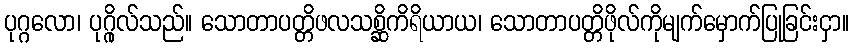
ပုဂ္ဂလော၊ ပုဂ္ဂိုလ်သည်။ သောတာပတ္တိဖလသစ္ဆိကိရိယာယ၊ သောတာပတ္တိဖိုလ်ကိုမျက်မှောက်ပြုခြင်းငှာ။